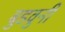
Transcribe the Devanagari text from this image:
बुडवुनी